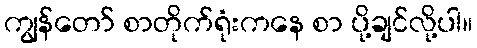
ကျွန်တော် စာတိုက်ရုံးကနေ စာ ပို့ချင်လို့ပါ။